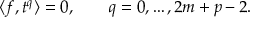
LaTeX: \langle f , t ^ { q } \rangle = 0 , \qquad q = 0 , \dots , 2 m + p - 2 .